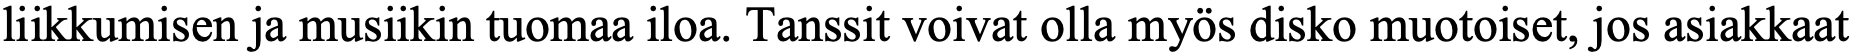
liikkumisen ja musiikin tuomaa iloa. Tanssit voivat olla myös disko muotoiset, jos asiakkaat